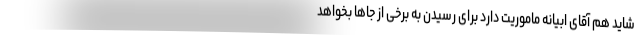
شاید هم آقای ابیانه ماموریت دارد برای رسیدن به برخی از جاها بخواهد